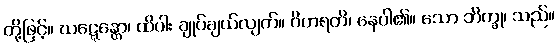
တို့ဖြင့်။ ဃဋ္ဋေန္တော၊ ထိပါး ချုပ်ချယ်လျက်။ ဝိဟရတိ၊ နေပါ၏။ သော ဘိက္ခု၊ သည်။